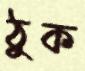
ঠুক